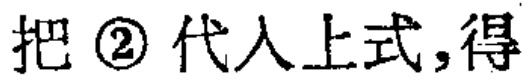
把 \textcircled{2} 代入上式,得